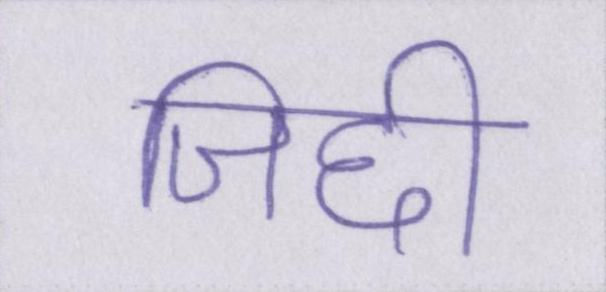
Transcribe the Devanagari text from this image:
जिद्दी